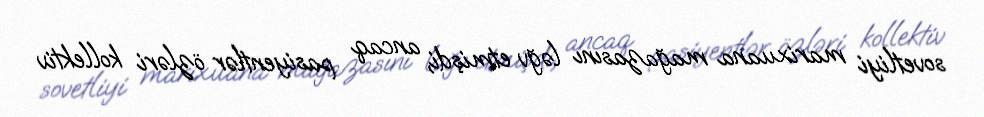
sovetliyi marixuana mağazasını ləğv etmişdi, ancaq pasiyentlər özləri kollektiv